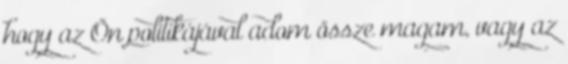
hogy az Ön politikájával adom össze magam, vagy az